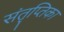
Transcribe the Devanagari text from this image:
संतृप्तिका